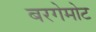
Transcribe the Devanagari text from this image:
बरगेमोट